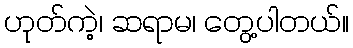
ဟုတ်ကဲ့၊ ဆရာမ၊ တွေ့ပါတယ်။